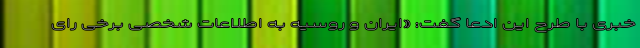
خبری با طرح این ادعا گفت: «ایران و روسیه به اطلاعات شخصی برخی رای